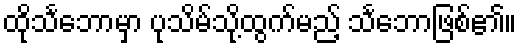
ထိုသင်္ဘောမှာ ပုသိမ်သို့ထွက်မည့် သင်္ဘောဖြစ်၏။